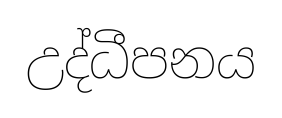
උද්ධීපනය